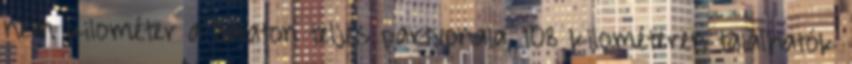
nem kilométer a Balaton teljes partvonala, 108 kilométeren találhatók